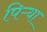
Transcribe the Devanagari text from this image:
पिऱ्या